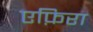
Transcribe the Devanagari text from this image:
एफ़िरा